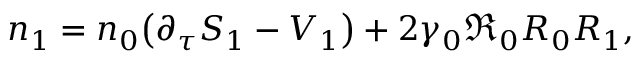
n _ { 1 } = n _ { 0 } { \left( \partial _ { \tau } S _ { 1 } - V _ { 1 } \right) } + 2 \gamma _ { 0 } { \mathfrak R } _ { 0 } R _ { 0 } R _ { 1 } ,